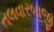
તલવારબાજી